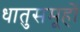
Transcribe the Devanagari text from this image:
धातुसमूहों